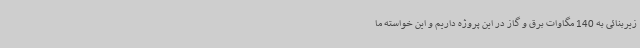
زیربنائی به 140 مگاوات برق و گاز در این پروژه داریم و این خواسته ما